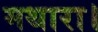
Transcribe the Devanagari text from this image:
मथारा।